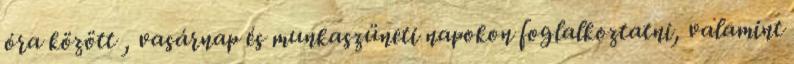
óra között , vasárnap és munkaszüneti napokon foglalkoztatni, valamint